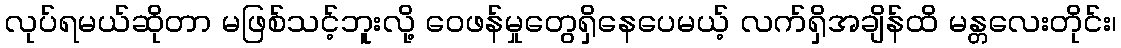
လုပ်ရမယ်ဆိုတာ မဖြစ်သင့်ဘူးလို့ ဝေဖန်မှုတွေရှိနေပေမယ့် လက်ရှိအချိန်ထိ မန္တလေးတိုင်း၊